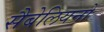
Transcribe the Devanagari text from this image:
सैबेलियनों